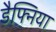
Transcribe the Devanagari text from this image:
डैफ्निया